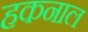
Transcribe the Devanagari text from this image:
हकनाल